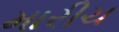
મારીચ